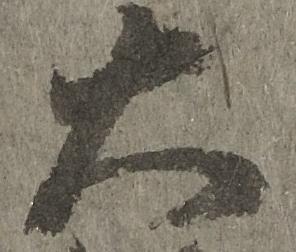
大